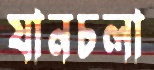
যানচলা